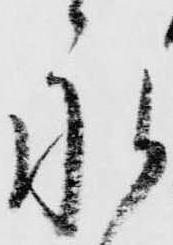
永